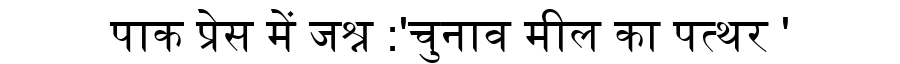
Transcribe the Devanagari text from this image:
पाक प्रेस में जश्न :'चुनाव मील का पत्थर '